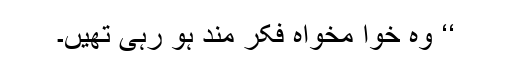
‘‘ وہ خوا مخواہ فکر مند ہو رہی تھیں۔